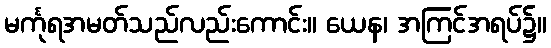
မင်္ကုရအမတ်သည်လည်းကောင်း။ ယေန၊ အကြင်အရပ်၌။